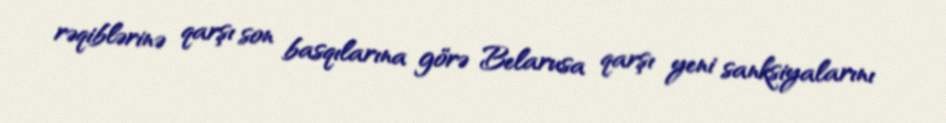
rəqiblərinə qarşı son basqılarına görə Belarusa qarşı yeni sanksiyalarını